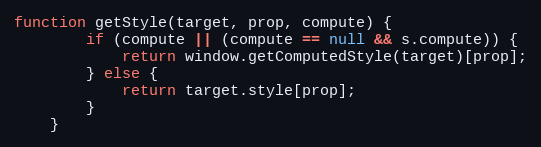
Language: JavaScript
function getStyle(target, prop, compute) {
		if (compute || (compute == null && s.compute)) {
			return window.getComputedStyle(target)[prop];
		} else {
			return target.style[prop];
		}
	}